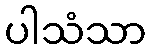
ပါသံသာ